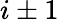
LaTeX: i\pm 1